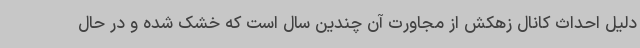
دلیل احداث کانال زهکش از مجاورت آن چندین سال است که خشک شده و در حال